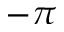
- \pi